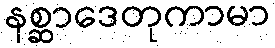
နစ္ဆာဒေတုကာမာ